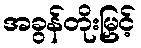
အခွန်တိုးမြှင့်